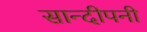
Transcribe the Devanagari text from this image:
सान्दीपनी